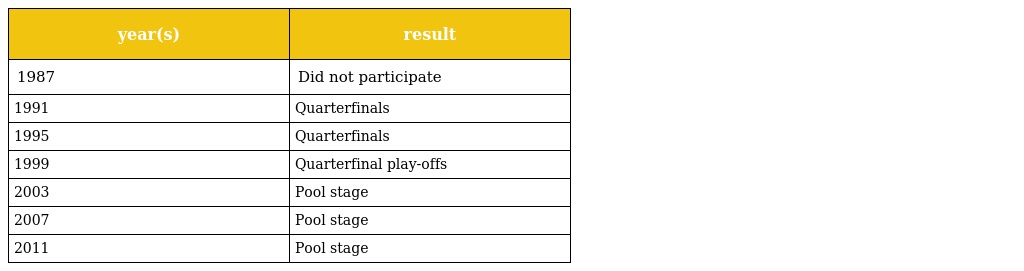
| year(s) | result |
 | --- | --- |
 | 1987 | Did not participate |
 | 1991 | Quarterfinals |
 | 1995 | Quarterfinals |
 | 1999 | Quarterfinal play-offs |
 | 2003 | Pool stage |
 | 2007 | Pool stage |
 | 2011 | Pool stage |